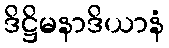
ဒိဋ္ဌိမနာဒိယာနံ